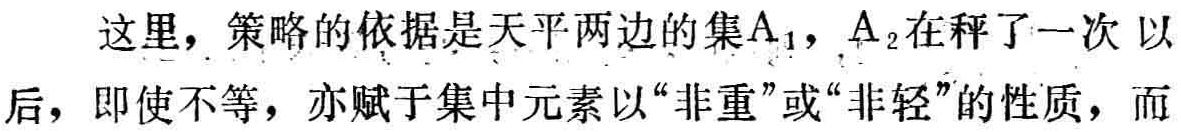
这里，策略的依据是天平两边的集$A_1$，$A_2$在秤了一次以后，即使不等，亦赋于集中元素以“非重”或“非轻”的性质，而